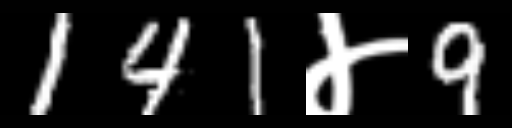
Text: 141४9